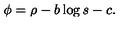
\phi = \rho - b \log s - c .